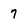
Character: 7